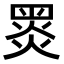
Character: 𪐗